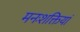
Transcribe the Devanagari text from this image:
मनःशक्तियां